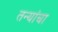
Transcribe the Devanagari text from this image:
तन्यांचा